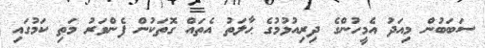
ސަބަބުން މިއަދު އެމީހުންގެ ދިރިއުޅުމުގެ ޙާލަތު އެތައް ގޮތަކުން ފެންވަރު މަތި ކަމުގައި